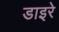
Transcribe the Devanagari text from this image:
डाइरे